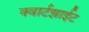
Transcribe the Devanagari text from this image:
क्वार्टझाईट